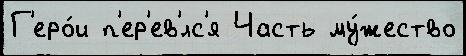
Г'еро́и п'ер'ев'́лс'я Часть му́жество